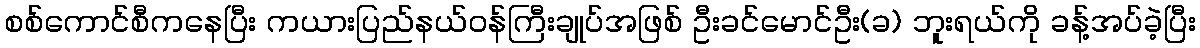
စစ်ကောင်စီကနေပြီး ကယားပြည်နယ်ဝန်ကြီးချုပ်အဖြစ် ဦးခင်မောင်ဦး(ခ) ဘူးရယ်ကို ခန့်အပ်ခဲ့ပြီး